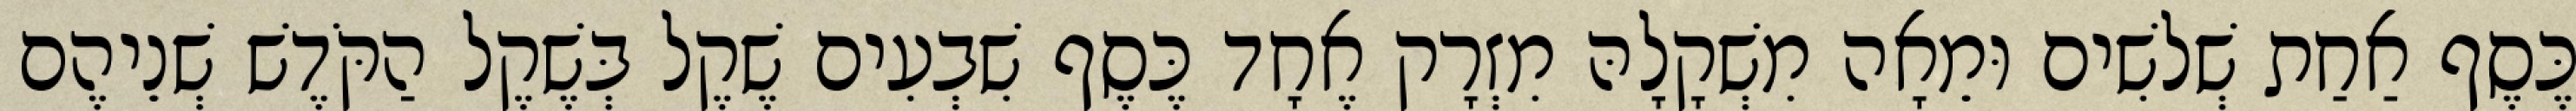
כֶּסֶף אַחַת שְׁלשִׁים וּמֵאָה מִשְׁקָלָהּ מִזְרָק אֶחָד כֶּסֶף שִׁבְעִים שֶׁקֶל בְּשֶׁקֶל הַקֹּדֶשׁ שְׁנֵיהֶם